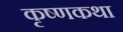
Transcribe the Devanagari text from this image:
कृष्णकथा